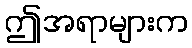
ဤအရာများက